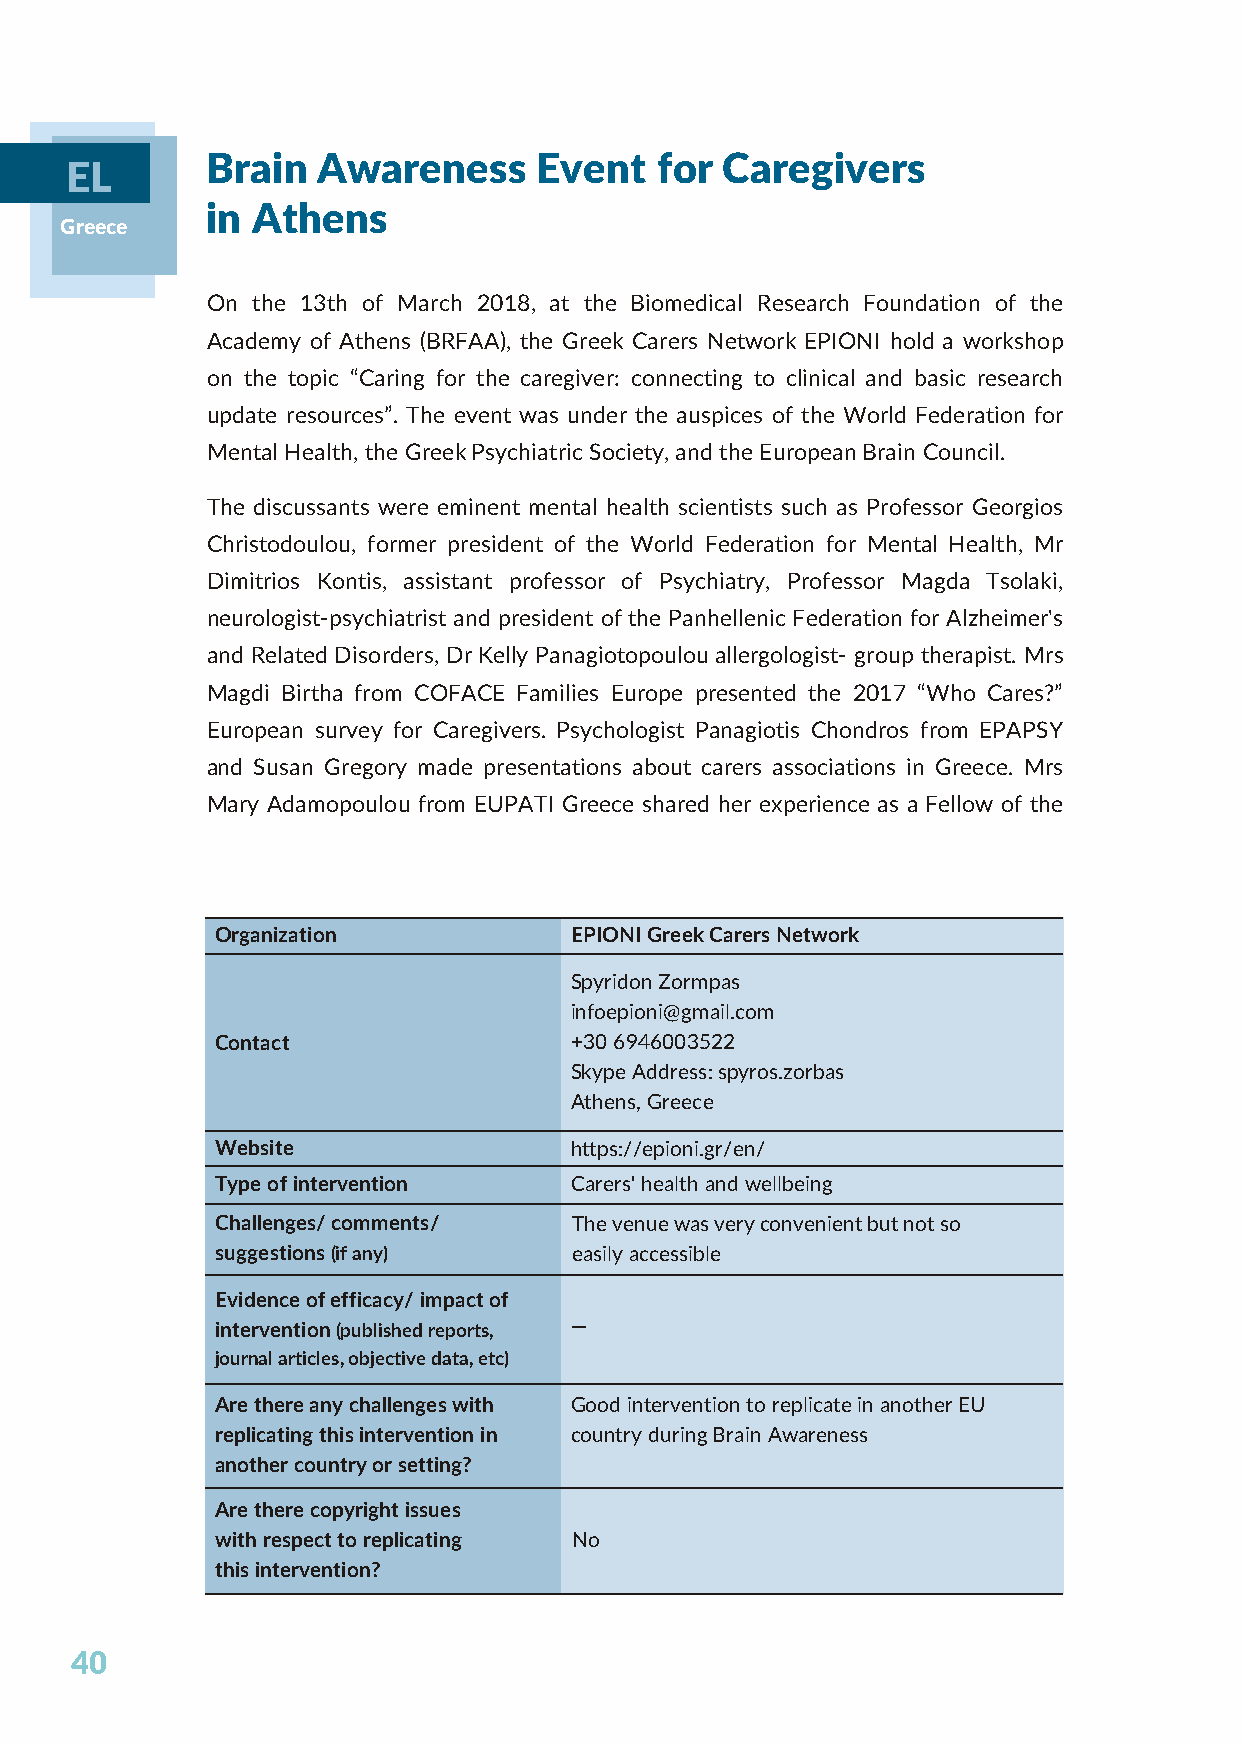
Brain  Awareness      Event   for Caregivers
 EL
 in Athens
 Greece
 On the 13th of March 2018, at the Biomedical Research Foundation of the
 Academy of Athens (BRFAA), the Greek Carers Network EPIONI hold a workshop
 on the topic “Caring for the caregiver: connecting to clinical and basic research
 update resources”. The event was under the auspices of the World Federation for
 Mental Health, the Greek Psychiatric Society, and the European Brain Council.
 The discussants were eminent mental health scientists such as Professor Georgios
 Christodoulou, former president of the World Federation for Mental Health, Mr
 Dimitrios Kontis, assistant professor of Psychiatry, Professor Magda Tsolaki,
 neurologist-psychiatrist and president of the Panhellenic Federation for Alzheimer's
 and Related Disorders, Dr Kelly Panagiotopoulou allergologist- group therapist. Mrs
 Magdi Birtha from COFACE Families Europe presented the 2017 “Who Cares?”
 European survey for Caregivers. Psychologist Panagiotis Chondros from EPAPSY
 and Susan Gregory made presentations about carers associations in Greece. Mrs
 Mary Adamopoulou from EUPATI Greece shared her experience as a Fellow of the
 Organization            EPIONI Greek Carers Network
 Spyridon Zormpas
 infoepioni@gmail.com
 Contact                 +30 6946003522
 Skype Address: spyros.zorbas
 Athens, Greece
 Website                 https://epioni.gr/en/
 Type of intervention    Carers' health and wellbeing
 Challenges/ comments/   The venue was very convenient but not so
 suggestions (if any)    easily accessible
 Evidence of efficacy/ impact of
 intervention (published reports, —
 journal articles, objective data, etc)
 Are there any challenges with Good intervention to replicate in another EU
 replicating this intervention in country during Brain Awareness
 another country or setting?
 Are there copyright issues
 with respect to replicating No
 this intervention?
 40